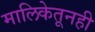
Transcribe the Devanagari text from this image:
मालिकेतूनही